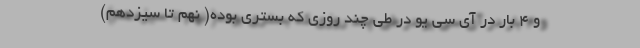
و ۴ بار در آی سی یو در طی چند روزی که بستری بوده( نهم تا سیزدهم)